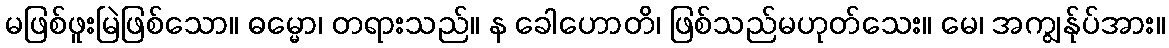
မဖြစ်ဖူးမြဲဖြစ်သော။ ဓမ္မော၊ တရားသည်။ န ခေါဟောတိ၊ ဖြစ်သည်မဟုတ်သေး။ မေ၊ အကျွန်ုပ်အား။